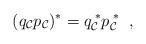
LaTeX: \begin{align*}(q_{\cal C} p_{\cal C})^{*}=q_{\cal C}^{\; *} p_{\cal C}^{\; *} \; \; ,\end{align*}